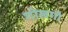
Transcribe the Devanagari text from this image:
गोलगो